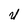
Character: y